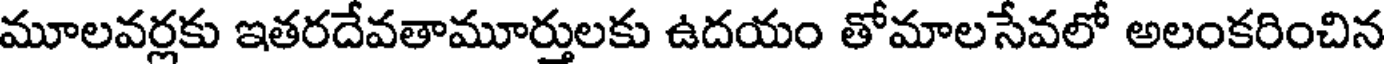
మూలవర్లకు ఇతరదేవతామూర్తులకు ఉదయం తోమాలసేవలో అలంకరించిన